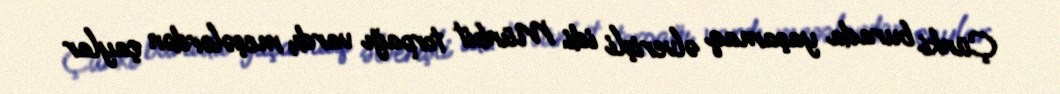
Çünki burada yaşamaq əlverişli idi. Münbit torpağı vardı, meşələrdən çaylar